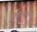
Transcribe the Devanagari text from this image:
शाखाविन्यस्त